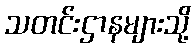
သတင်းဌာနများသို့